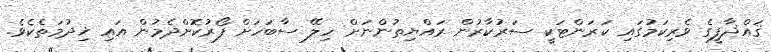
ޤައްޛާފީގެ ވެރިކަމުގައި ކަރަންޓަކީ ސަރުކާރުން ރައްޔިތުންނަށް ހިލޭ ސާބަހަށް ފޯރުކޮށްދެމުން އައި ޚިދުމަތެކެވެ.